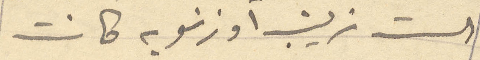
الست زينب او زنوبه كانت